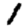
Digit: 1